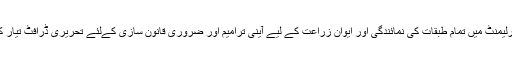
وزیر اعظم نے ریاض فتیانہ سے کہا کہ پاکستان کو فلاہی ریاست بنانے، پارلیمنٹ میں تمام طبقات کی نمائندگی اور ایوان زراعت کے لیے آینی ترامیم اور ضروری قانون سازی کےلئے تحریری ڈرافٹ تیار کر کے وزیر اعظم کو پیش کریں تاکہ عوام کے مسائل جلد حل کئے جاسکیں۔